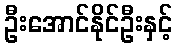
ဦးအောင်နိုင်ဦးနှင့်